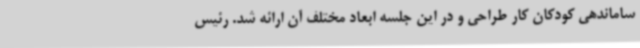
ساماندهی کودکان کار طراحی و در این جلسه ابعاد مختلف آن ارائه شد. رئیس